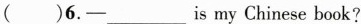
( )6.-___is my Chinese book?